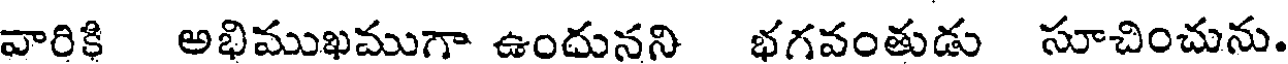
వారికి అభిముఖముగా ఉందునని భగవంతుడు సూచించును.